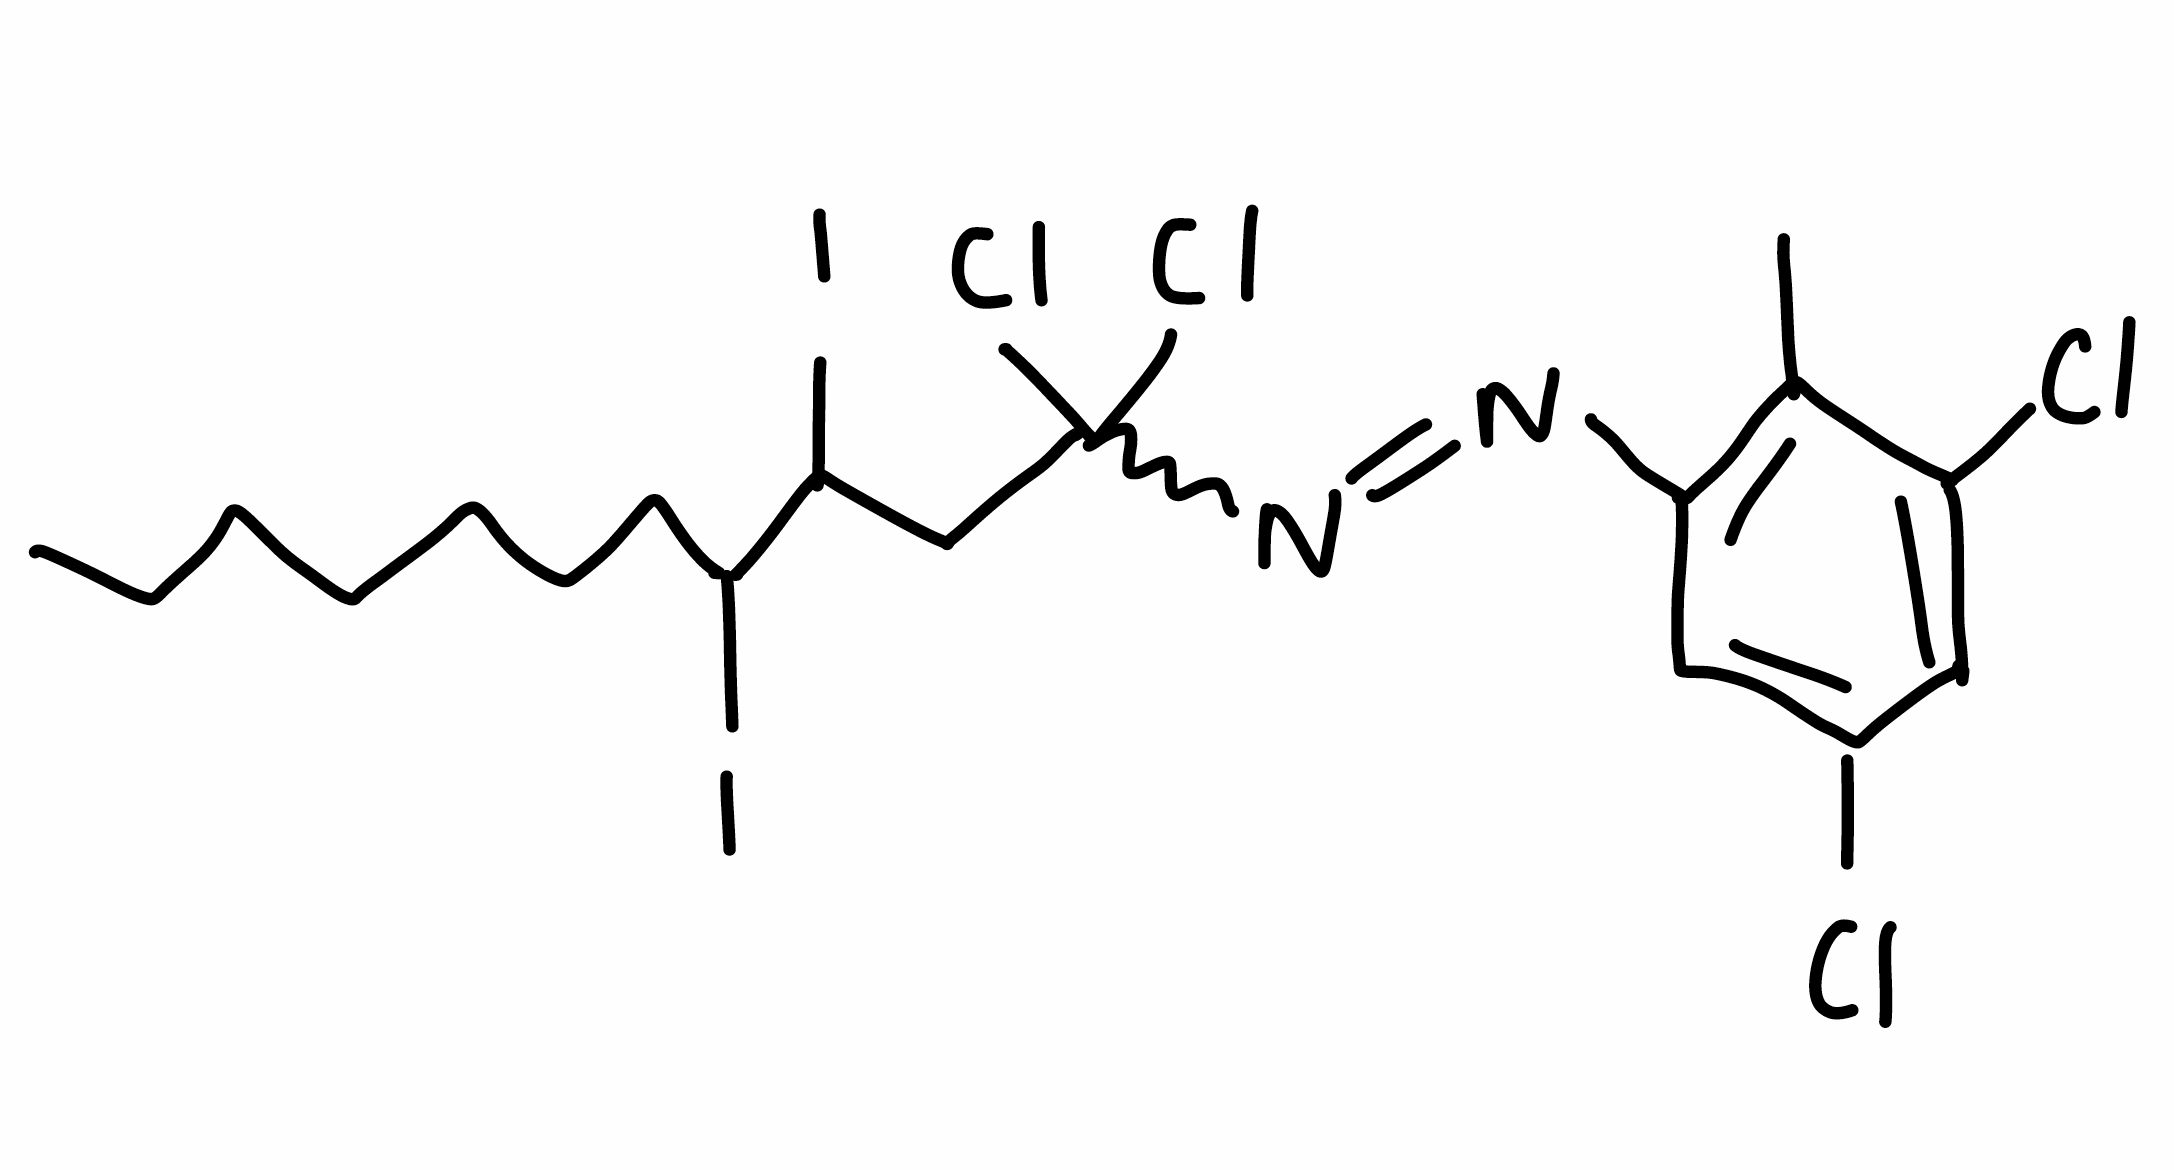
Simplified molecular-input line-entry system (SMILES) notation of the given molecule:
CCCCCCCC(C(C(=O)C(N=NC1=C(C(=CC(=C1)Cl)Cl)C)(Cl)Cl)I)I